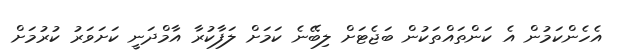
އެހެންކަމުން އެ ކަންތައްތަކުން ބަޖެޓަށް ލިބޭނެ ކަމަށް ލަފާކުރާ އާމްދަނީ ކަށަވަރު ކުރުމަށް